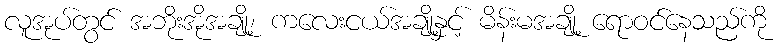
လူအုပ်တွင် အဘိုးအိုအချို့၊ ကလေးငယ်အချို့နှင့် မိန်းမအချို့ ရောဝင်နေသည်ကို